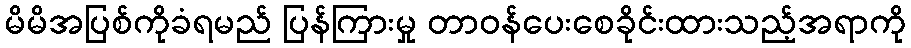
မိမိအပြစ်ကိုခံရမည် ပြန်ကြားမှု တာဝန်ပေးစေခိုင်းထားသည့်အရာကို